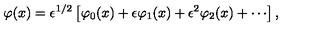
\varphi ( x ) = \epsilon ^ { 1 / 2 } \left\lbrack \varphi _ { 0 } ( x ) + \epsilon \varphi _ { 1 } ( x ) + \epsilon ^ { 2 } \varphi _ { 2 } ( x ) + \cdots \right\rbrack ,